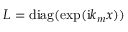
L = \mathrm { d i a g } ( \exp ( \mathrm { i } k _ { m } x ) )